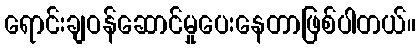
ရောင်းချဝန်ဆောင်မှုပေးနေတာဖြစ်ပါတယ်။